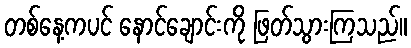
တစ်နေ့ကပင် နောင်ချောင်းကို ဖြတ်သွားကြသည်။